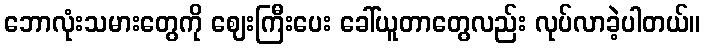
ဘောလုံးသမားတွေကို ဈေးကြီးပေး ခေါ်ယူတာတွေလည်း လုပ်လာခဲ့ပါတယ်။